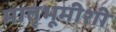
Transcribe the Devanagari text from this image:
मातृभूमीशी